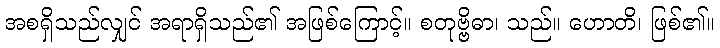
အစရှိသည်လျှင် အရာရှိသည်၏ အဖြစ်ကြောင့်။ စတုဗ္ဗိဓာ၊ သည်။ ဟောတိ၊ ဖြစ်၏။